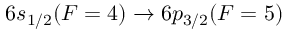
6 s _ { 1 / 2 } ( F = 4 ) \rightarrow 6 p _ { 3 / 2 } ( F = 5 )